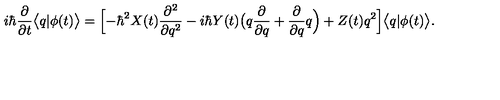
i \hbar \frac { \partial } { \partial t } \bigl < q | \phi ( t ) \bigr > = \Bigl [ - \hbar ^ { 2 } X ( t ) \frac { \partial ^ { 2 } } { \partial q ^ { 2 } } - i \hbar Y ( t ) \bigl ( q \frac { \partial } { \partial q } + \frac { \partial } { \partial q } q \Bigr ) + Z ( t ) q ^ { 2 } \Bigr ] \bigl < q | \phi ( t ) \bigr > .